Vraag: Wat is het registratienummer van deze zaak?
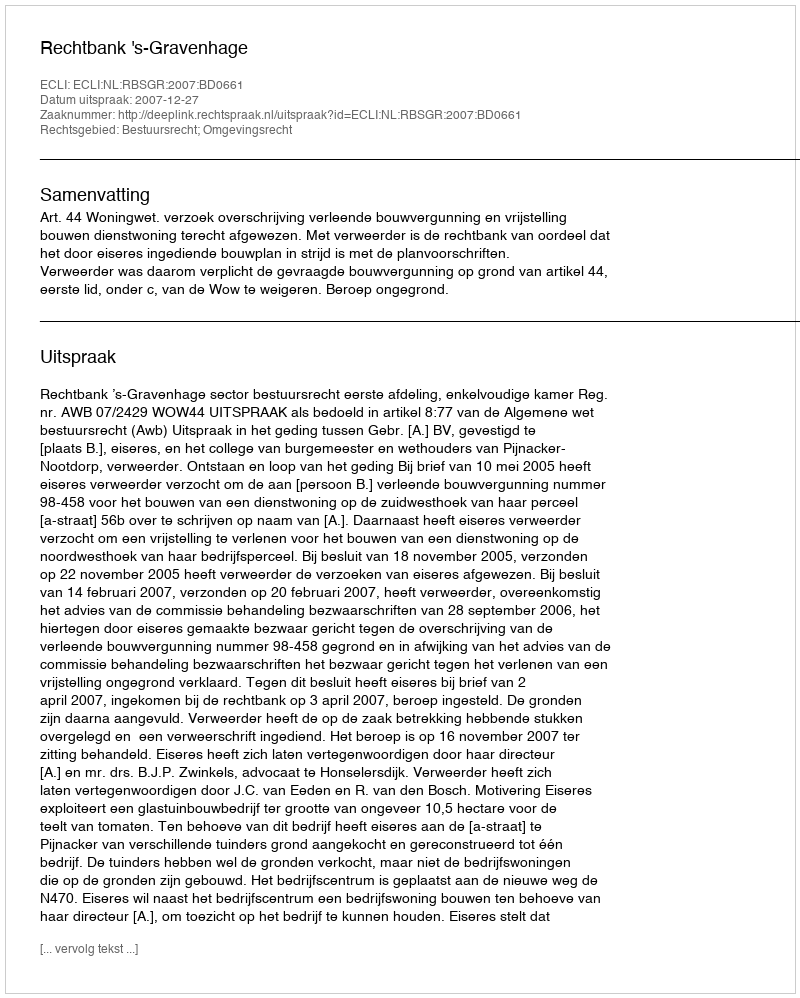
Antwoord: http://deeplink.rechtspraak.nl/uitspraak?id=ECLI:NL:RBSGR:2007:BD0661